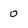
Character: 0